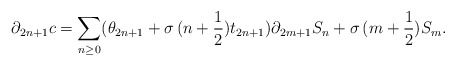
\begin{align*}\partial_{2n+1}c=\sum_{n\geq0}(\theta_{2n+1}+\sigma\,(n+\frac{1}{2})t_{2n+1})\partial_{2m+1}S_n+\sigma\,(m+\frac{1}{2})S_m.\end{align*}